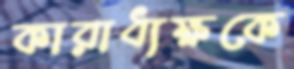
কারাধ্যক্ষকে